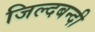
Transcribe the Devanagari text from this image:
जिल्दबन्दी